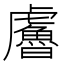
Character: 𧈔